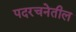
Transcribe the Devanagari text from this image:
पदरचनेतील